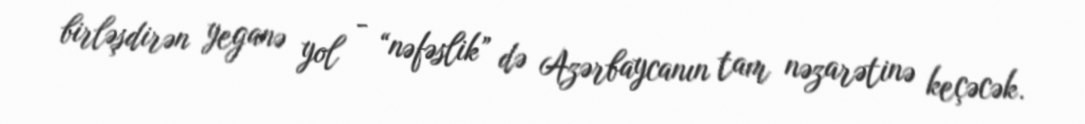
birləşdirən yeganə yol - “nəfəslik” də Azərbaycanın tam nəzarətinə keçəcək.